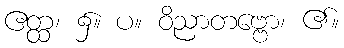
ဧတ္ထ၊ ၌။ ပ။ ဝိညာတဗ္ဗော၊ ၏။